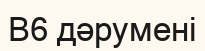
В6 дәруменi